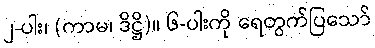
၂-ပါး၊ (ကာမ၊ ဒိဋ္ဌိ)။ ၆-ပါးကို ရေတွက်ပြသော်